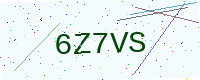
Text: 6Z7VS